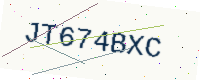
Text: JT674BXC